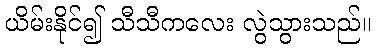
ယိမ်းနိုင်၍ သီသီကလေး လွဲသွားသည်။